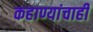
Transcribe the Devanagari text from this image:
कहाण्यांचाही